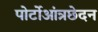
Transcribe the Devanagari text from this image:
पोर्टोआंत्रछेदन